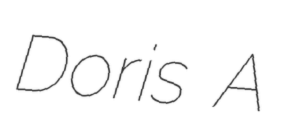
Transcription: Doris A